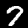
Digit: 7